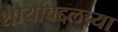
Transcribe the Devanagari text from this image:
शौर्याबद्दलच्या